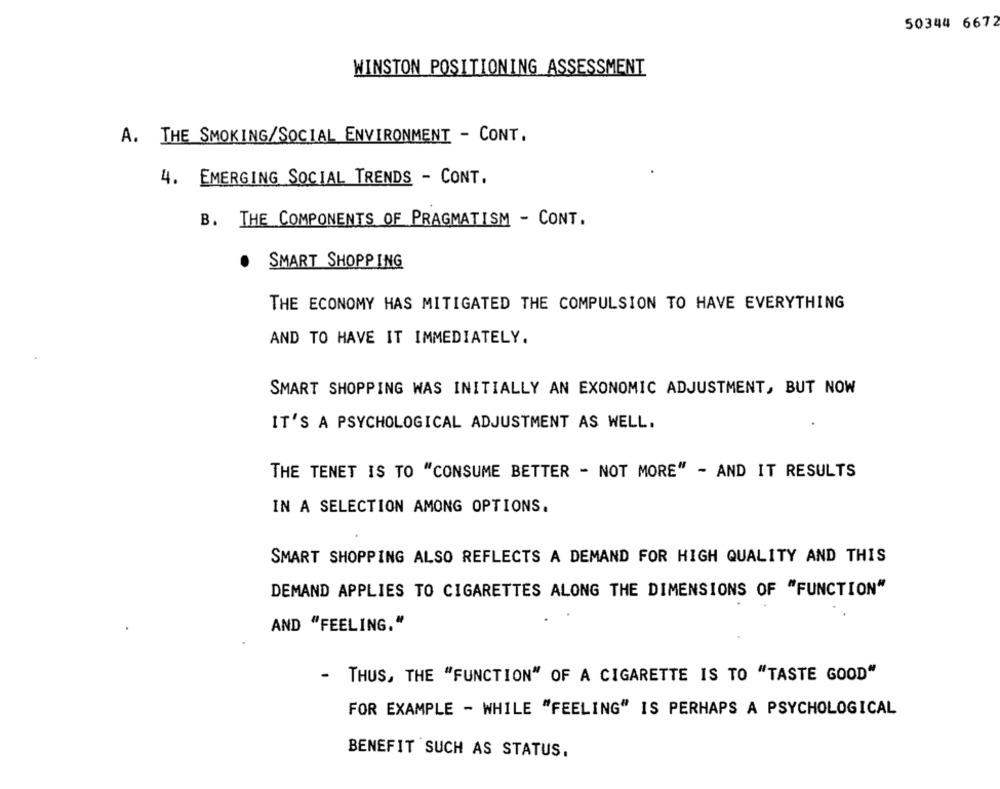
50344 6672
WINSTON POSITIONING ASSESSMENT
A. THE SMOKING/SOCIAL ENVIRONMENT - CONT.
4. EMERGING SOCIAL TRENDS - CONT.
B. THE COMPONENTS OF PRAGMATISM - CONT.
.
SMART SHOPPING
THE ECONOMY HAS MITIGATED THE COMPULSION TO HAVE EVERYTHING
AND TO HAVE IT IMMEDIATELY.
SMART SHOPPING WAS INITIALLY AN EXONOMIC ADJUSTMENT, BUT NOW
IT'S A PSYCHOLOGICAL ADJUSTMENT AS WELL.
THE TENET IS TO "CONSUME BETTER - NOT MORE" - AND IT RESULTS
IN A SELECTION AMONG OPTIONS.
SMART SHOPPING ALSO REFLECTS A DEMAND FOR HIGH QUALITY AND THIS
DEMAND APPLIES TO CIGARETTES ALONG THE DIMENSIONS OF "FUNCTION"
AND "FEELING."
-
THUS, THE "FUNCTION" OF A CIGARETTE IS TO "TASTE GOOD"
FOR EXAMPLE - WHILE "FEELING" IS PERHAPS A PSYCHOLOGICAL
BENEFIT SUCH AS STATUS.